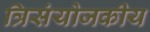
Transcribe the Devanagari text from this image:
त्रिसंयोजकीय